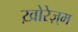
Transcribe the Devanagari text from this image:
ख़ोरेज़्म